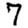
Digit: 7